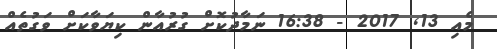
މެއި 13